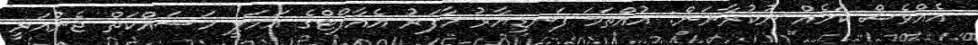
އެއްވެސް ކަމެއް ނުކުރާނަން: އުއްތަމަ ފަނޑިޔާރު މާފަރު އެއާޕޯޓްގެ އަމަލީ މަސައްކަތް ޖެނުއަރީ